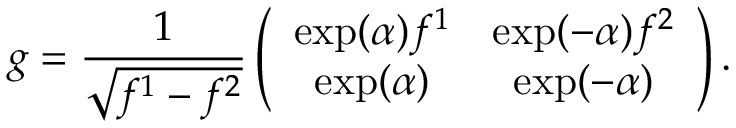
g = \frac { 1 } { \sqrt { f ^ { 1 } - f ^ { 2 } } } \left( \begin{array} { c c } { { \exp ( \alpha ) f ^ { 1 } } } & { { \exp ( - \alpha ) f ^ { 2 } } } \\ { { \exp ( \alpha ) } } & { { \exp ( - \alpha ) } } \end{array} \right) .